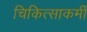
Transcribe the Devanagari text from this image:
चिकित्साकर्मी